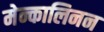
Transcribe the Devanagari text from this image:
मेन्कालिनन